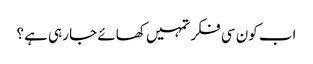
اب کون سی فکر تمہیں کھائے جا رہی ہے؟